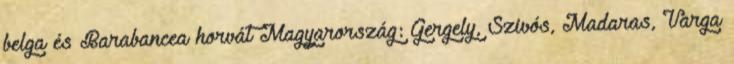
belga és Barabancea horvát Magyarország: Gergely, Szivós, Madaras, Varga